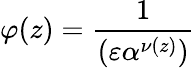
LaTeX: \varphi(z)={\frac{1}{(\varepsilon\alpha^{\nu(z)})}}